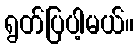
ရွတ်ပြပါ့မယ်။